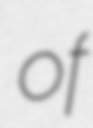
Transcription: of